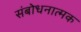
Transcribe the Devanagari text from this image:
संबोधनात्मक